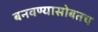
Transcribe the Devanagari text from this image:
बनवण्यासोबतच